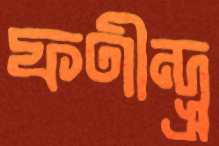
ফণীন্দ্র্র